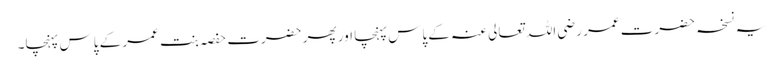
یہ نسخہ حضرت عمر رضی اللہ تعالی عنہ کے پاس پہنچا اور پھر حضرت حفصہ بنت عمر کے پاس پہنچا۔